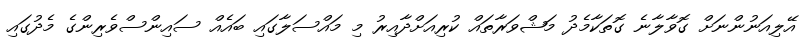
އޭލިއަނުންނަށް ގޮވާލާނެ ގޮތަކާމެދު މަޝްވަރާތައް ކުރިއަށްދާއިރު މި މައްސަލާގައި ބައެއް ސައިންސްވެރިންގެ މެދުގައި